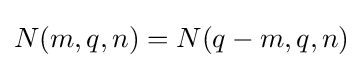
N(m,q,n)=N(q-m,q,n)